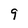
Character: 9